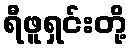
ရီဖူရှင်းတို့